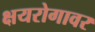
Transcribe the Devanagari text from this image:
क्षयरोगावर